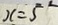
x = 5